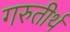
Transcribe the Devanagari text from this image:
गरुतीर्थ